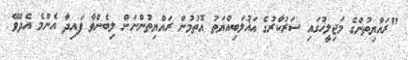
"ރައްޔިތުންގެ މަޖިލީހުގައި ސަރުކާރުގެ އަޣުލަބިއްޔަތު އޮތުމުން ރައްޔިތުންނަށް ލިބެންވާ ފައިދާ އެންމެ އެދެވޭ